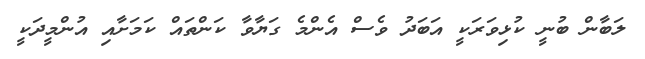
ލަބާން ބުނީ ކުޅިވަރަކީ އަބަދު ވެސް އެންމެ ގަޔާވާ ކަންތައް ކަމަށާއި އުންމީދަކީ